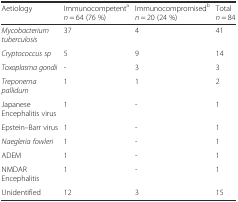
<table><thead><tr><td><b>Aetiology</b></td><td><b>Immunocompetent<sup>a</sup><i>n</i> = 64 (76 %)</b></td><td><b>Immunocompromised<sup>b</sup><i>n</i> = 20 (24 %)</b></td><td><b>Total <i>n</i> = 84</b></td></tr></thead><tbody><tr><td><i>Mycobacterium tuberculosis</i></td><td>37</td><td>4</td><td>41</td></tr><tr><td><i>Cryptococcus sp</i></td><td>5</td><td>9</td><td>14</td></tr><tr><td><i>Toxoplasma gondii</i></td><td>-</td><td>3</td><td>3</td></tr><tr><td><i>Treponema pallidum</i></td><td>1</td><td>1</td><td>2</td></tr><tr><td>Japanese Encephalitis virus</td><td>1</td><td>-</td><td>1</td></tr><tr><td>Epstein–Barr virus</td><td>1</td><td>-</td><td>1</td></tr><tr><td><i>Naegleria fowleri</i></td><td>1</td><td>-</td><td>1</td></tr><tr><td>ADEM</td><td>1</td><td>-</td><td>1</td></tr><tr><td>NMDAR Encephalitis</td><td>1</td><td>-</td><td>1</td></tr><tr><td>Unidentified</td><td>12</td><td>3</td><td>15</td></tr></tbody></table>